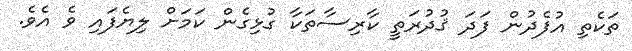
ތަކެތި އުފެދުން ފަދަ ޤުދުރަތީ ކާރިސާތަކާ ގުޅިގެން ކަމަށް ލިޔެފައި ވެެ އެވެ.